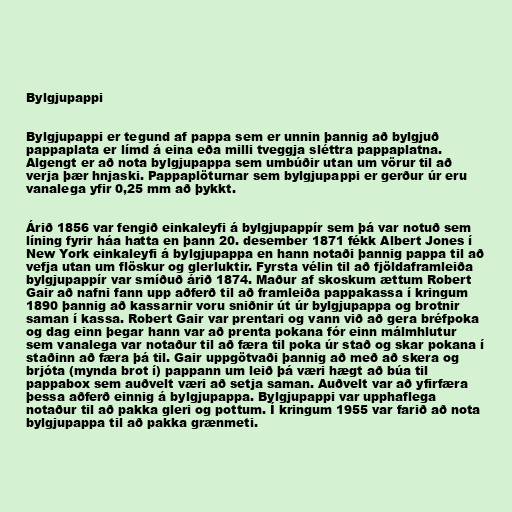
Bylgjupappi

Bylgjupappi er tegund af pappa sem er unnin þannig að bylgjuð
pappaplata er límd á eina eða milli tveggja sléttra pappaplatna.
Algengt er að nota bylgjupappa sem umbúðir utan um vörur til að
verja þær hnjaski. Pappaplöturnar sem bylgjupappi er gerður úr eru
vanalega yfir 0,25 mm að þykkt.

Árið 1856 var fengið einkaleyfi á bylgjupappír sem þá var notuð sem
líning fyrir háa hatta en þann 20. desember 1871 fékk Albert Jones í
New York einkaleyfi á bylgjupappa en hann notaði þannig pappa til að
vefja utan um flöskur og glerluktir. Fyrsta vélin til að fjöldaframleiða
bylgjupappír var smíðuð árið 1874. Maður af skoskum ættum Robert
Gair að nafni fann upp aðferð til að framleiða pappakassa í kringum
1890 þannig að kassarnir voru sniðnir út úr bylgjupappa og brotnir
saman í kassa. Robert Gair var prentari og vann við að gera bréfpoka
og dag einn þegar hann var að prenta pokana fór einn málmhlutur
sem vanalega var notaður til að færa til poka úr stað og skar pokana í
staðinn að færa þá til. Gair uppgötvaði þannig að með að skera og
brjóta (mynda brot í) pappann um leið þá væri hægt að búa til
pappabox sem auðvelt væri að setja saman. Auðvelt var að yfirfæra
þessa aðferð einnig á bylgjupappa. Bylgjupappi var upphaflega
notaður til að pakka gleri og pottum. Í kringum 1955 var farið að nota
bylgjupappa til að pakka grænmeti.